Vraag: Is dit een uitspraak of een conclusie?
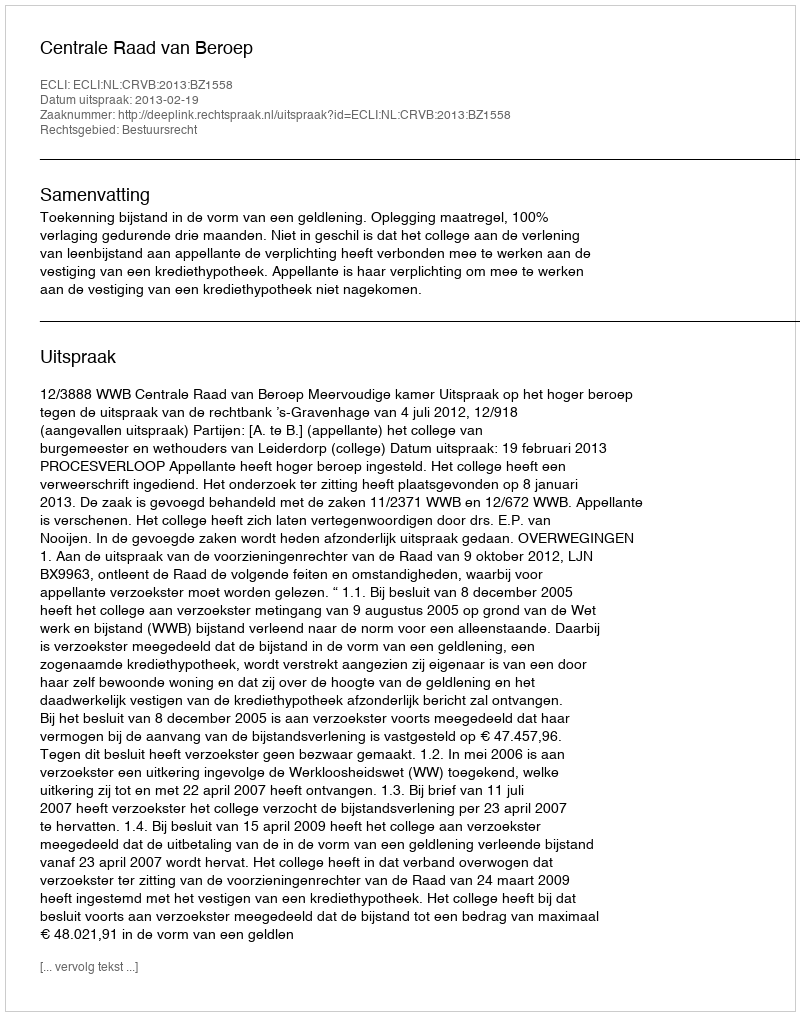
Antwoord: Uitspraak